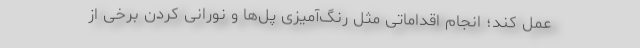
عمل کند؛ انجام اقداماتی مثل رنگ‌آمیزی پل‌ها و نورانی کردن برخی از